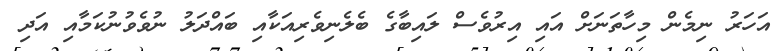
އަހަރު ނިމެން މިހާތަނަށް އައި އިރުވެސް ލައިބާގެ ބެލެނިވެރިއަކާއި ބައްދަލު ނުވެވުނުކަމާއި އަދި